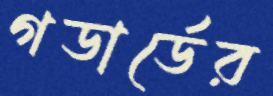
গডার্ডের